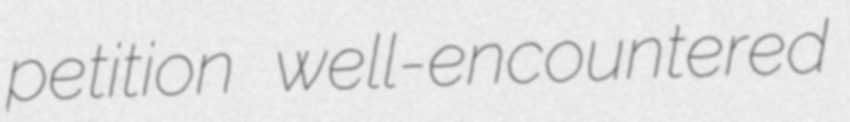
petition well-encountered